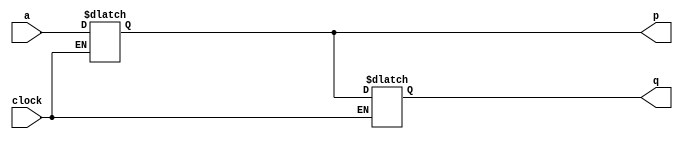
module top_module (
    input clock,
    input a,
    output p,
    output q );
    
    always @ (*) begin
        if(clock == 1) begin
            p = a;
        end
        else begin
            q = p;
        end
    end

endmodule